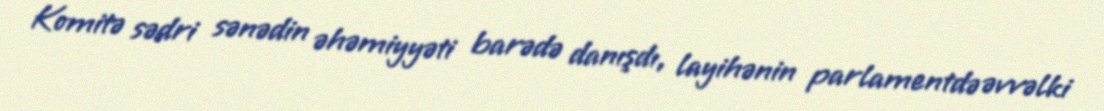
Komitə sədri sənədin əhəmiyyəti barədə danışdı, layihənin parlamentdə əvvəlki